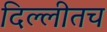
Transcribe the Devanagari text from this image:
दिल्लीतच